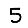
Digit: 5